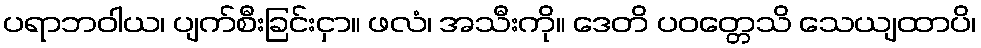
ပရာဘဝါယ၊ ပျက်စီးခြင်းငှာ။ ဖလံ၊ အသီးကို။ ဒေတိ ပဝတ္တေသိ သေယျထာပိ၊